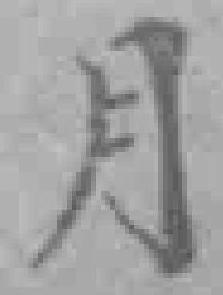
月